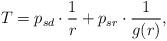
LaTeX: \begin{align*}T = p_{sd} \cdot \frac{1}{r} +p_{sr} \cdot \frac{1}{g(r)}, \end{align*}